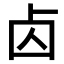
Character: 𠧚